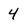
Character: 4